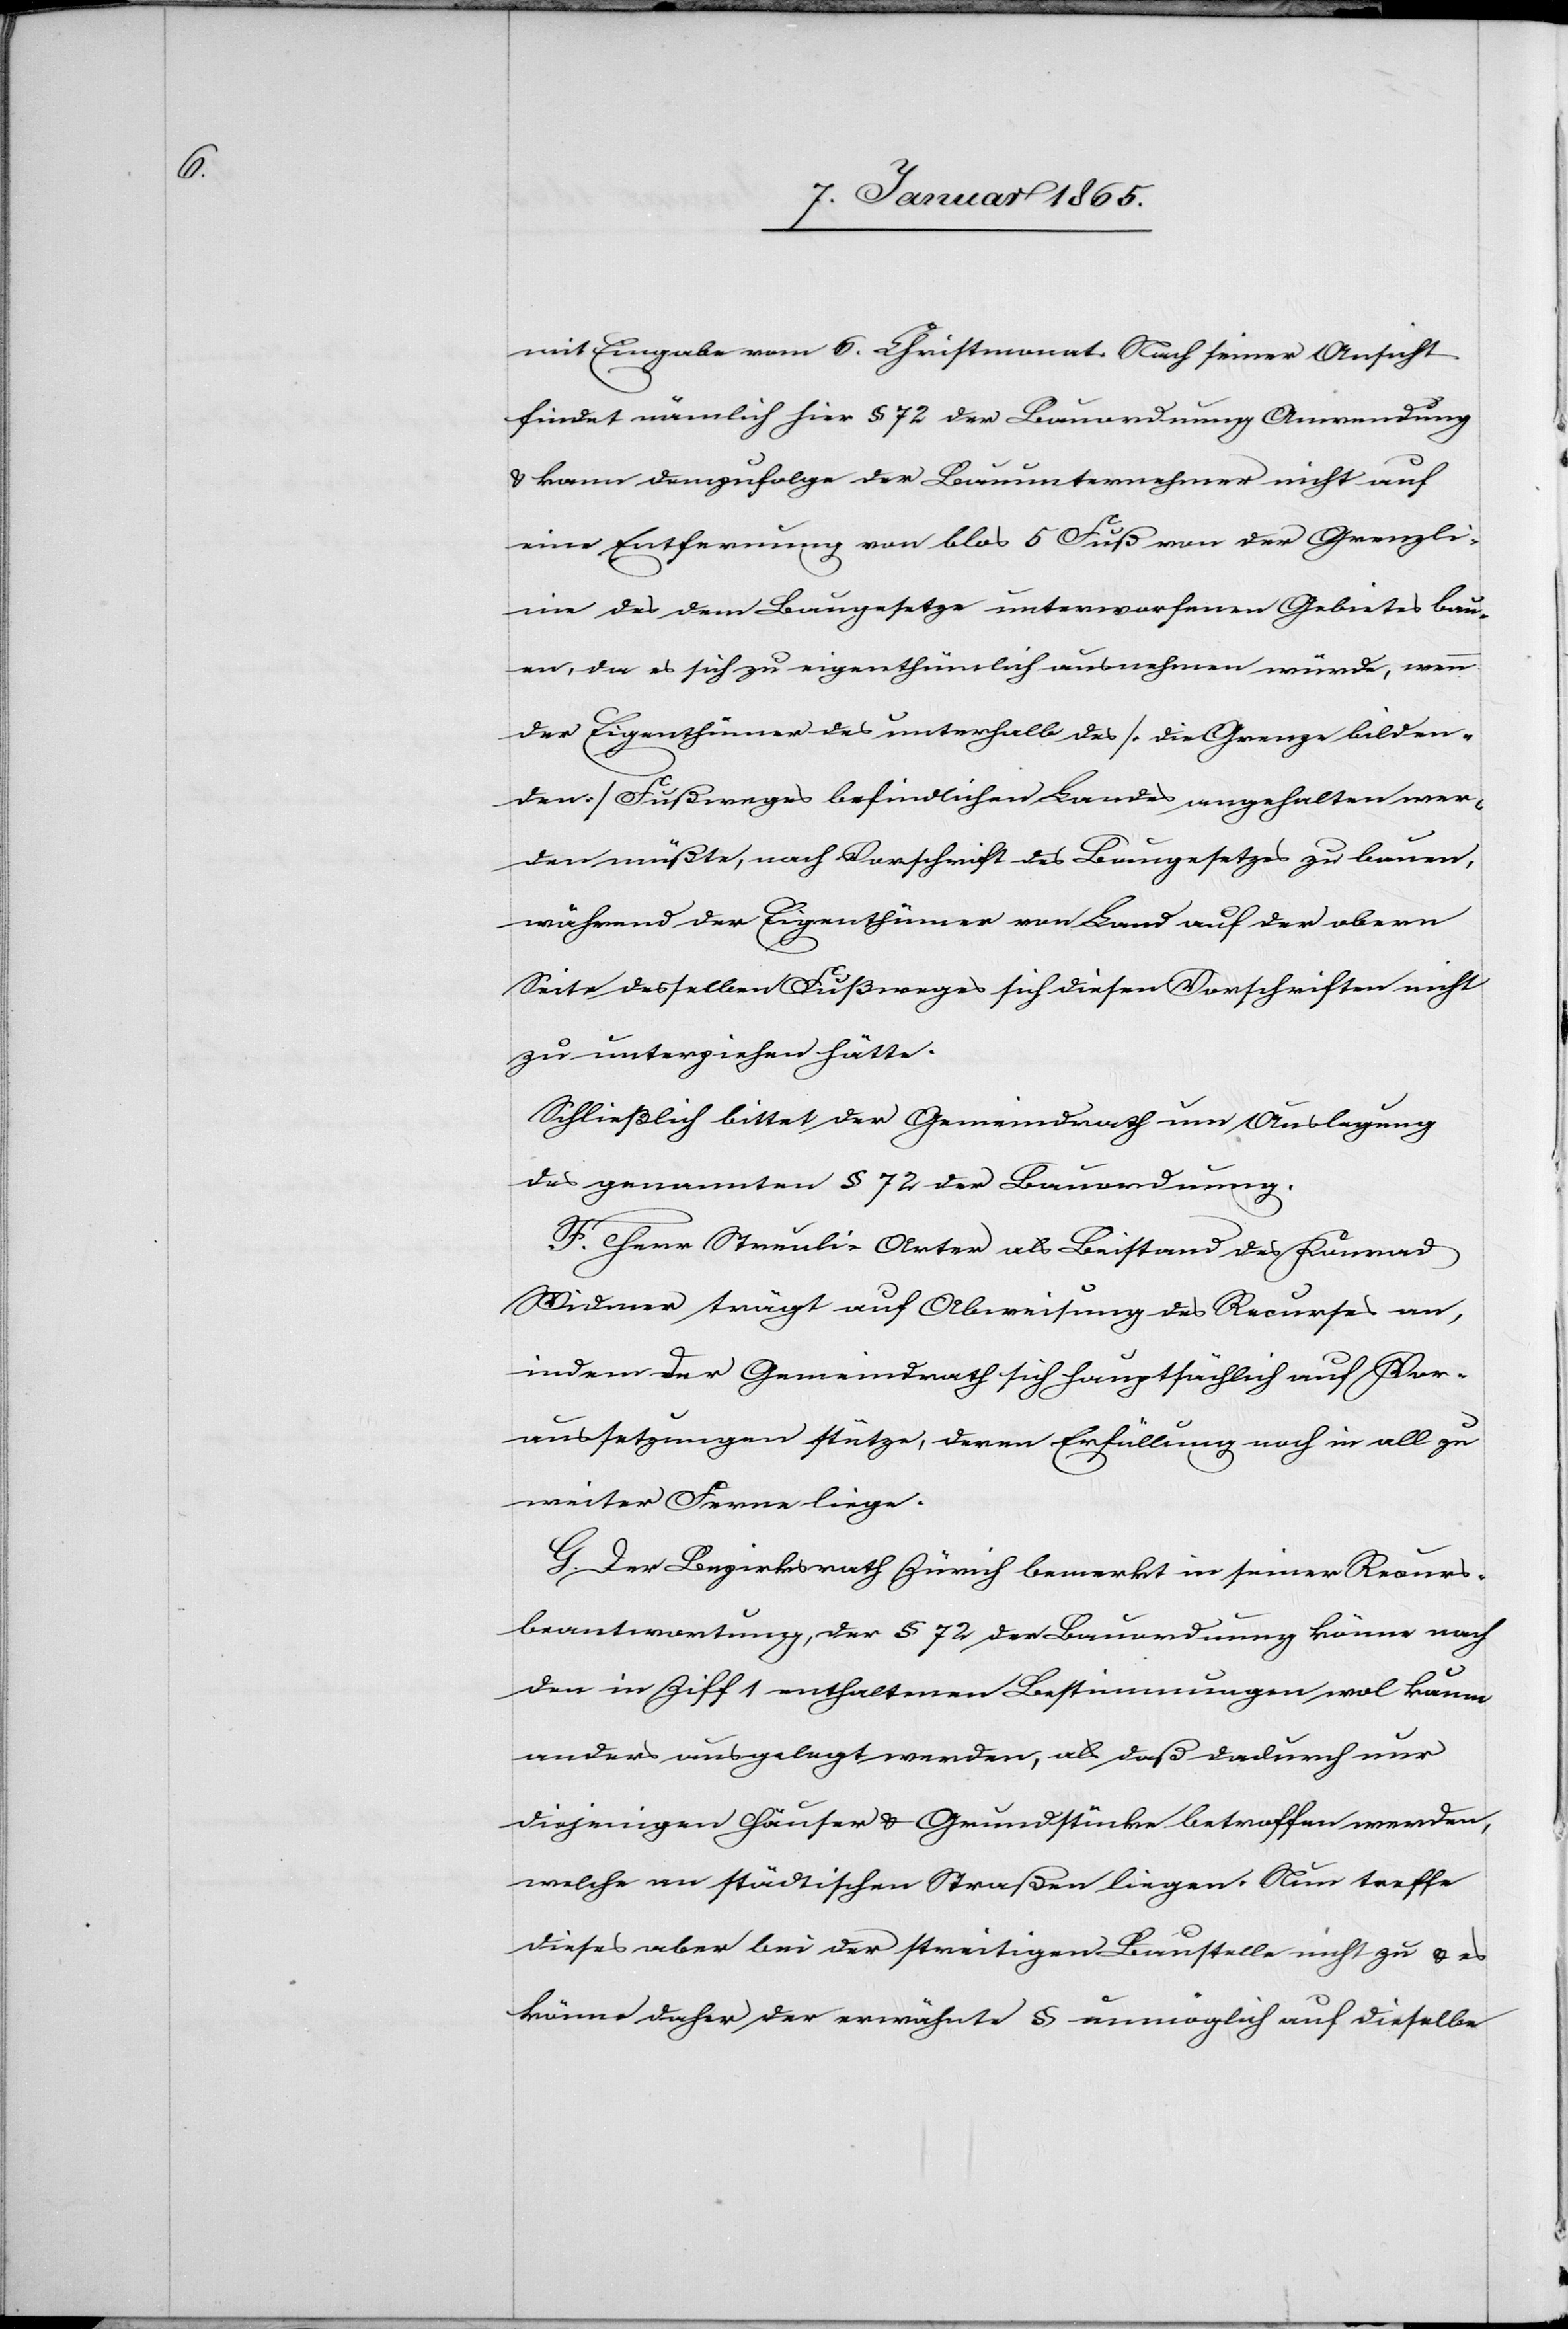
mit Eingabe vom 6. Christmonat. Nach seiner Ansicht
findet nämlich hier § 72 der Bauordnung Anwendung
& kann demzufolge der Bauunternehmer nicht auf
eine Entfernung von blos 5 Fuß von der Grenzli¬
nie des dem Baugesetze unterworfenen Gebietes bau¬
en, da es sich zu eigenthümlich ausnehmen würde, wenn
der Eigenthümer des unterhalb des [die Grenze bilden¬
den] Fußweges befindlichen Landes angehalten wer¬
den müßte, nach Vorschrift des Baugesetzes zu bauen,
während der Eigenthümer von Land auf der obern
Seite desselben Fußweges sich diesen Vorschriften nicht
zu unterziehen hätte.
Schließlich bittet der Gemeindrath um Auslegung
des genannten § 72 der Bauordnung.
F. Herr Streuli-Arter als Beistand des Konrad
Widmer trägt auf Abweisung des Recurses an,
indem der Gemeindrath sich hauptsächlich auf Vor¬
aussetzungen stütze, deren Erfüllung noch in all zu
weiter Ferne liege.
G. Der Bezirksrath Zürich bemerkt in seiner Recurs¬
beantwortung, der § 72 der Bauordnung könne nach
den in Ziff 1 enthaltenen Bestimmungen wol kaum
anders ausgelegt werden, als daß dadurch nur
diejenigen Häuser u. Grundstücke betroffen werden,
welche an städtischen Straßen liegen. Nun treffe
dieses aber bei der streitigen Baustelle nicht zu u. es
könne daher der erwähnte § unmöglich auf dieselbe